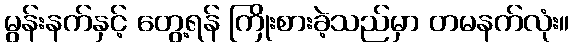
မွန်းနက်နှင့် တွေ့ရန် ကြိုးစားခဲ့သည်မှာ တမနက်လုံး။